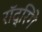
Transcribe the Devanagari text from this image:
रॉद्रिगे